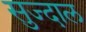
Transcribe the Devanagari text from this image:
सुज्दाल